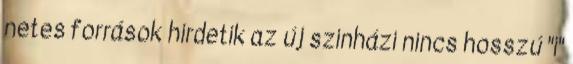
netes források hirdetik az új szinházi nincs hosszú "i"